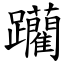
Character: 躪